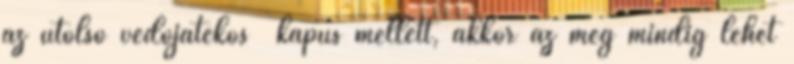
az utolsó védőjátékos kapus mellett, akkor az még mindig lehet